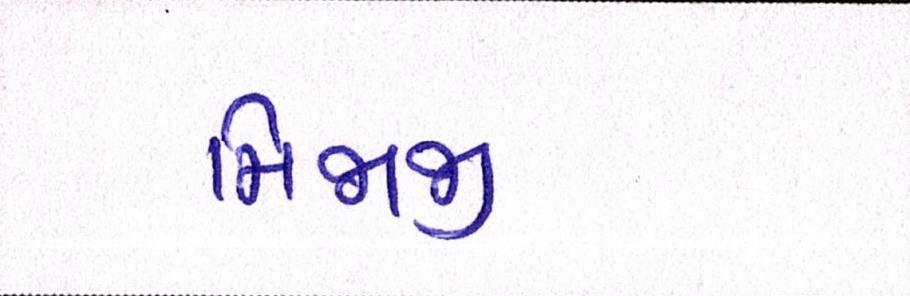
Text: મિજાજી